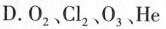
D.O_{2}、Cl_{2}、O_{3}、He